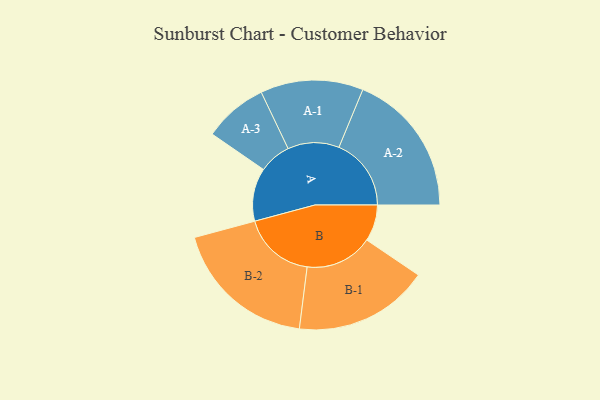
{"axis": {"x": "Segment", "y": "Value"}, "legend": ["", "A", "B"], "data": [{"x": "A", "y": 214, "type": ""}, {"x": "B", "y": 147, "type": ""}, {"x": "A-1", "y": 207, "type": "A"}, {"x": "A-2", "y": 291, "type": "A"}, {"x": "A-3", "y": 129, "type": "A"}, {"x": "B-1", "y": 272, "type": "B"}, {"x": "B-2", "y": 292, "type": "B"}]}